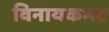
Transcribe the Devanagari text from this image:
विनायकभट